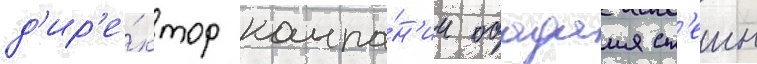
д'ир'е́ктор компа́н'ии обадаия ст'еин